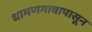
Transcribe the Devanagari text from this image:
धामणगावापासून